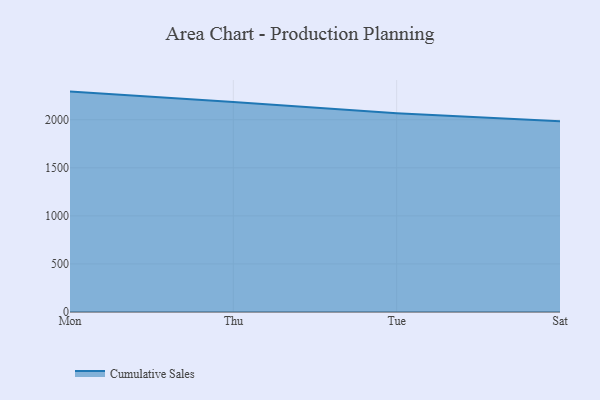
{"axis": {"x": "Day", "y": "Demand Index"}, "legend": ["Cumulative Sales"], "data": [{"x": "Mon", "y": 2292.6, "type": "Cumulative Sales"}, {"x": "Thu", "y": 2184.7, "type": "Cumulative Sales"}, {"x": "Tue", "y": 2067.2, "type": "Cumulative Sales"}, {"x": "Sat", "y": 1983.5, "type": "Cumulative Sales"}]}